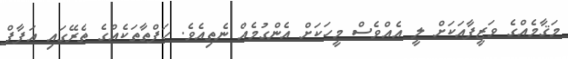
މަޤާމެއްގެ ވަޒީފާއަކަށް ލީ އެއްވެސް މީހަކަށް އެންގުމެއް ނެތިއެވެ. ހަފްތާތަކެއްގެ ތެރޭގައި އަފާފް